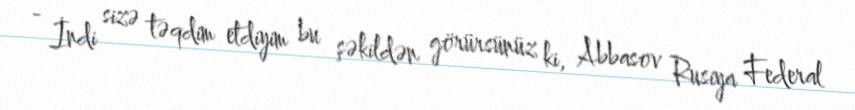
- İndi sizə təqdim etdiyim bu şəkildən görürsünüz ki, Abbasov Rusiya Federal